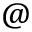
@